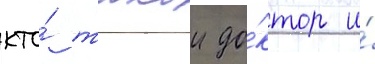
кто́ такои до́ктор и́